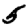
Digit: 5